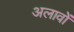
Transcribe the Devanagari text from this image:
अलावों